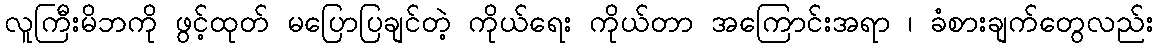
လူကြီးမိဘကို ဖွင့်ထုတ် မပြောပြချင်တဲ့ ကိုယ်ရေး ကိုယ်တာ အကြောင်းအရာ ၊ ခံစားချက်တွေလည်း